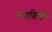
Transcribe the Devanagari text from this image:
रामकिशोर